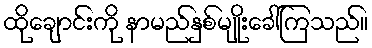
ထိုချောင်းကို နာမည်နှစ်မျိုးခေါ်ကြသည်။